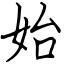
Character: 始